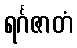
ရင်္ဂဇာတံ